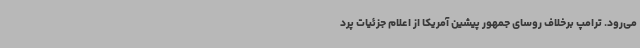
می‌رود. ترامپ برخلاف روسای جمهور پیشین آمریکا از اعلام جزئیات پرد